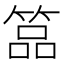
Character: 𥰔